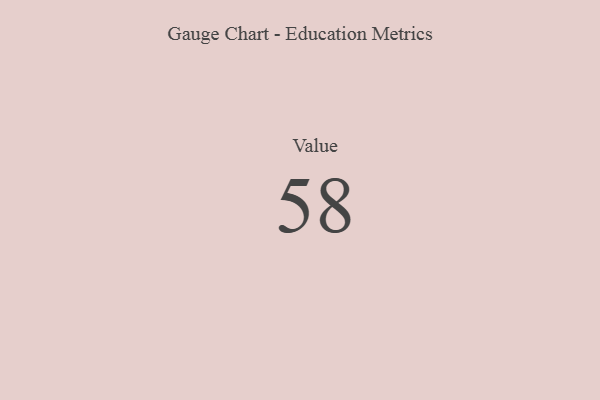
{"axis": {"x": "Metric", "y": "Value"}, "legend": [""], "data": [{"x": "Value", "y": 58, "type": ""}]}